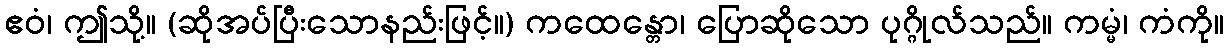
ဧဝံ၊ ဤသို့။ (ဆိုအပ်ပြီးသောနည်းဖြင့်။) ကထေန္တော၊ ပြောဆိုသော ပုဂ္ဂိုလ်သည်။ ကမ္မံ၊ ကံကို။